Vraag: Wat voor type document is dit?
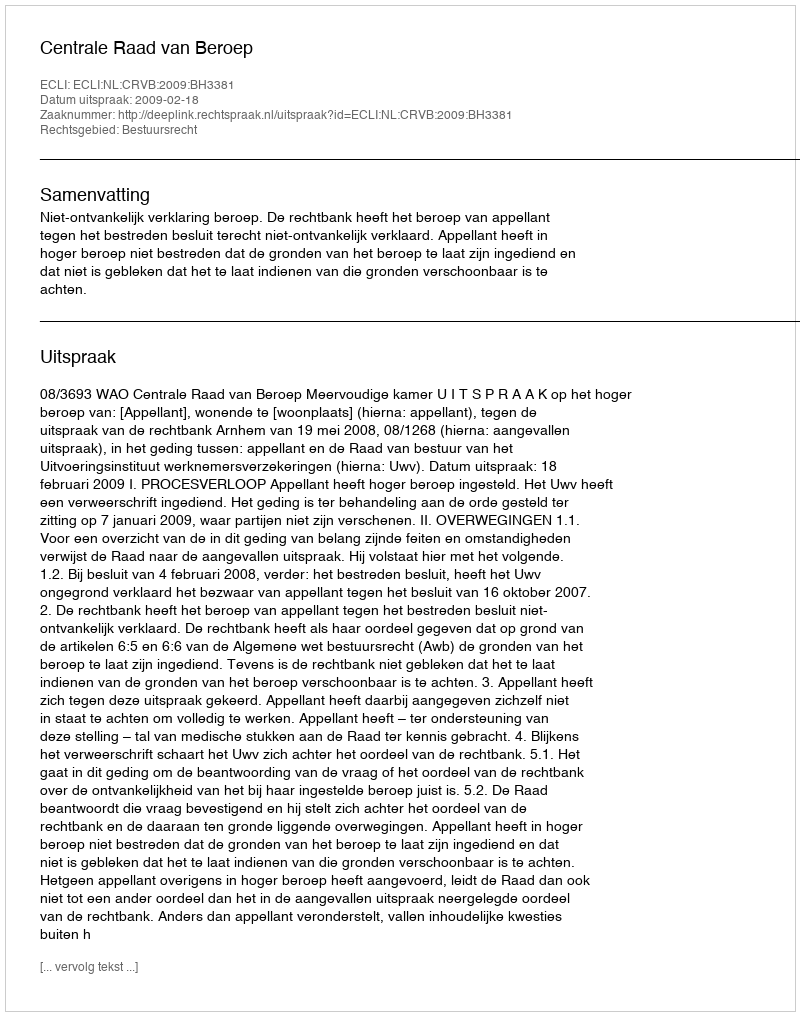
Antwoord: Uitspraak